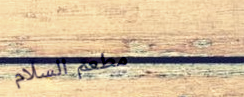
مطعم السلام